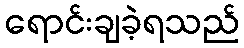
ရောင်းချခဲ့ရသည်